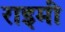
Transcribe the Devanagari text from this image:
राइमी